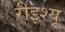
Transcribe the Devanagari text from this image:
रीइश्यू